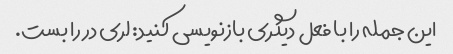
این جمله را با فعل دیگری بازنویسی کنید: لری در را بست.